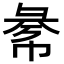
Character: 𢑞